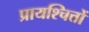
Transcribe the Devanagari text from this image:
प्रायश्चित्तों